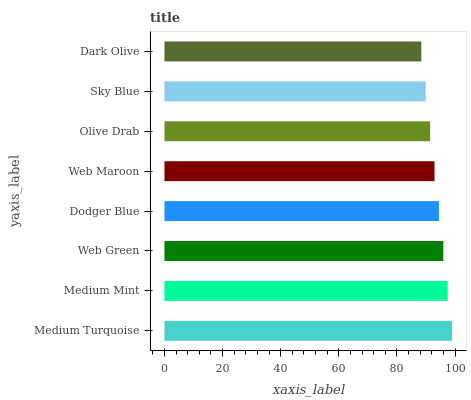
| yaxis_label | bars |
 | --- | --- |
 | Medium Turquoise | 99 |
 | Medium Mint | 97.5 |
 | Web Green | 96 |
 | Dodger Blue | 94.5 |
 | Web Maroon | 92.9 |
 | Olive Drab | 91.4 |
 | Sky Blue | 89.9 |
 | Dark Olive | 88.4 |